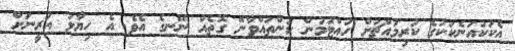
އެކަކުއަނެކަކުގެ ކުރިމައްޗަށް ހުއްޓުމުން ކަންތައްވާނޭ ގޮތެއް ނޭނގެ އެވެ. އެ ހިޔާލު އަރީނަށް